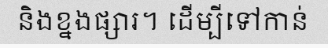
និងខ្នងផ្សារ។ ដើម្បីទៅកាន់